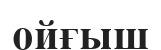
ойғыш